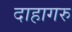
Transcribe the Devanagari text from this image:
दाहागरु